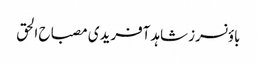
باؤنسرز شاہد آفریدی مصباح الحق